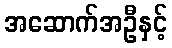
အဆောက်အဦနှင့်